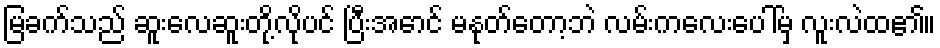
မြခက်သည် ဆူးလေဆူးတို့လိုပင် ပြီးအောင် မနုတ်တော့ဘဲ လမ်းကလေးပေါ်မှ လူးလဲထ၏။